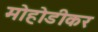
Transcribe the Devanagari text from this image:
मोहोडीकर